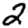
Digit: 2